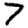
Digit: 7